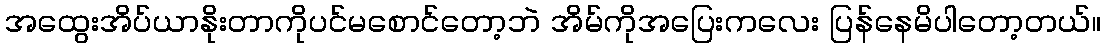
အထွေးအိပ်ယာနိုးတာကိုပင်မစောင်တော့ဘဲ အိမ်ကိုအပြေးကလေး ပြန်နေမိပါတော့တယ်။